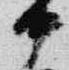
中